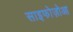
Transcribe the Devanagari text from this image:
साइफोज़ोआ